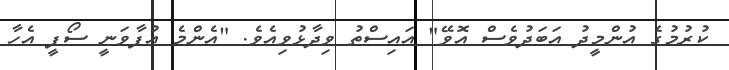
ކުރުމުގެ އުންމީދު އަބަދުވެސް އޮވޭ" އައިސްތު ވިދާޅުވިއެވެ. "އެންމެ އުފާވަނީ ސޯފީ އެހާ